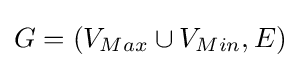
G=(V_{Max}\cup V_{Min},E)